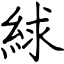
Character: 絿